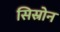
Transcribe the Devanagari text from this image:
सिस्रोन